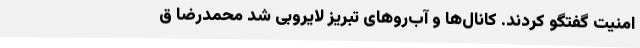
امنیت گفتگو کردند. کانال‌ها و آب‌روهای تبریز لایروبی شد محمدرضا ق